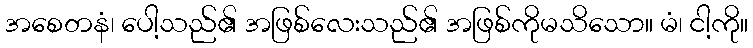
အစေတနံ၊ ပေါ့သည်၏ အဖြစ်လေးသည်၏ အဖြစ်ကိုမသိသော။ မံ၊ ငါ့ကို။